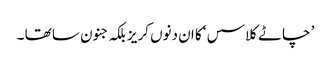
’ چاٹے کلاسس ‘کا ان دنوں کریز بلکہ جنون سا تھا ۔